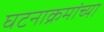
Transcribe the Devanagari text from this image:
घटनाक्रमांच्या